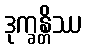
ဒုက္ခန္တိဿ